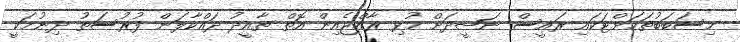
މިސަބަބުތަކަށްޓަކައި ރައީސް ނަޝީދަށް މުޅި ރާއްޖެއިން އޮތް ތާއީދު ދައްކާލަން ފުރުސަތު ދިނުމަކީ